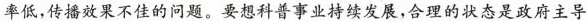
率低，传播效果不佳的问题。要想科普事业持续发展，合理的状态是政府主导